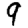
Digit: 9